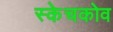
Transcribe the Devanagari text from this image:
स्केचकोव